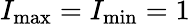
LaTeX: I_{\mathrm{max}}=I_{\mathrm{min}}=1